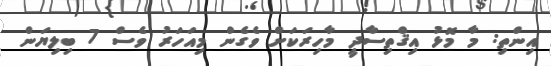
އިންތި: މާ މޮޅު އިޤްތިސާދީ މާހިރަކަށް ވެގެން މިއަހަރު ވެސް 7 ބިލިޔަން